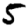
Digit: 5